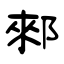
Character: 郲